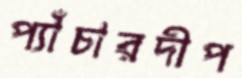
প্যাঁচারদীপ